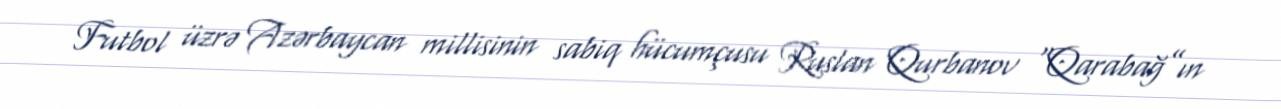
Futbol üzrə Azərbaycan millisinin sabiq hücumçusu Ruslan Qurbanov “Qarabağ”ın